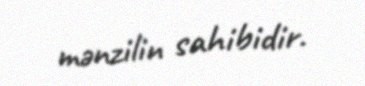
mənzilin sahibidir.